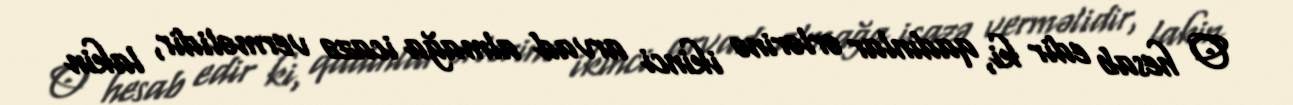
O hesab edir ki, qadınlar ərlərinə ikinci arvad almağa icazə verməlidir, lakin